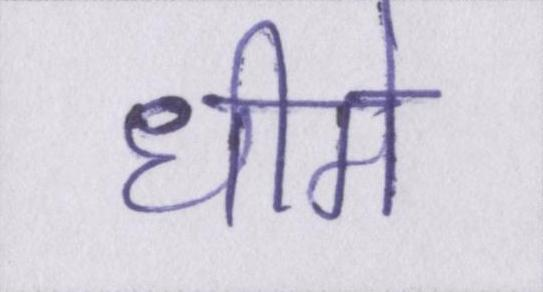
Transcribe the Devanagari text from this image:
धीमे